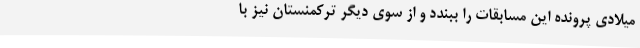
میلادی پرونده این مسابقات را ببندد و از سوی دیگر ترکمنستان نیز با